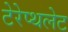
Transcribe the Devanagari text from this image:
टेरेप्थलेट